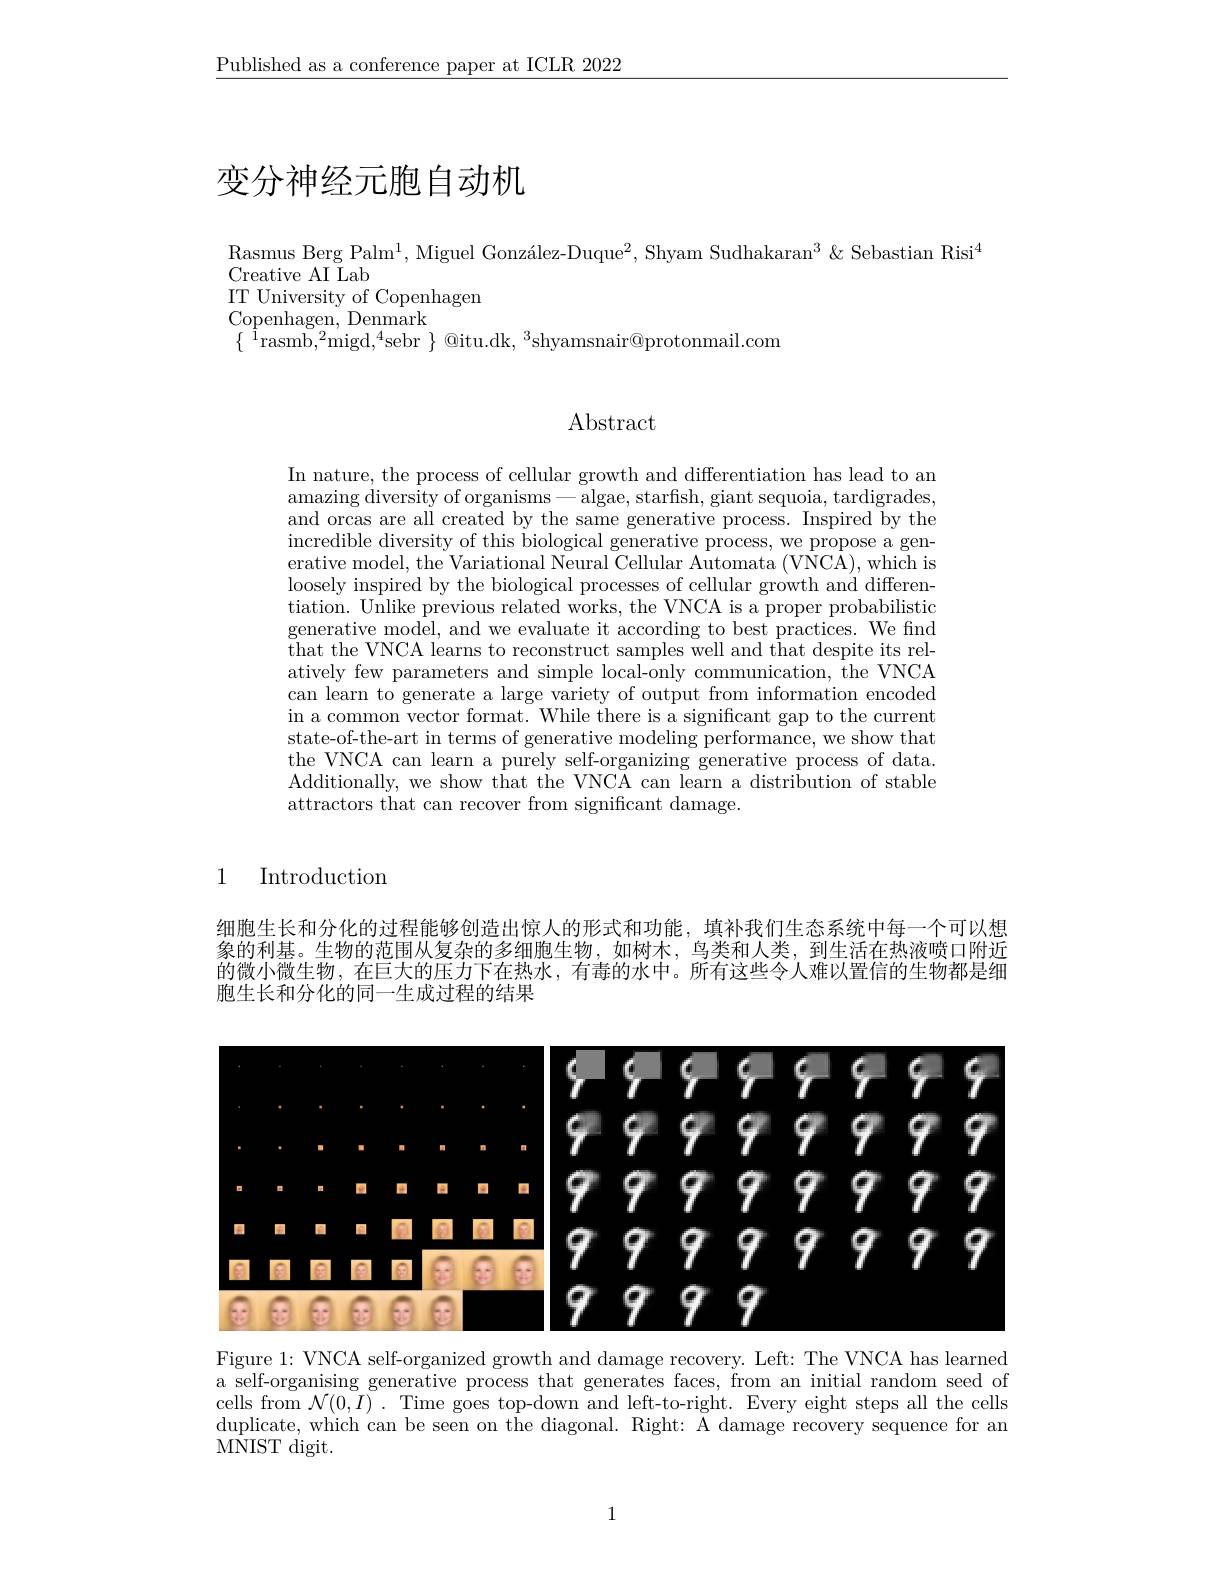
$\underline{\text{Published as a conference paper at ICLR 2022}}$

# 变分神经元胞自动机

Rasmus Berg Palm$^1,\text{Miguel Gonz\'{a}lez-Duque}^2$, Shyam Sudhakaran$^3\&\text{SebastianRisi}^4$
## Creative AI Lab IT University of Copenhagen Copenhagen, Denmark
$\{\begin{array}{cc}{1}\text{rasmb,}^{2}\text{migd,}^{4}\text{sebr}\\\end{array}\}$@itu.dk,$^3$shyamsnair$\textcircled\text{protonmail.com}$

Abstract

In nature, the process of cellular growth and differentiation has lead to an amazing diversity of organisms- algae, starfish, giant sequoia, tardigrades, and orcas are all created by the same generative process. Inspired by the incredible diversity of this biological generative process, we propose a generative model, the Variational Neural Cellular Automata (VNCA), which is loosely inspired by the biological processes of cellular growth and differentiation. Unlike previous related works, the VNCA is a proper probabilistic $g$enerative model, and we evaluate it according to best practices. We find $\bar{\text{that the VNCA learns to reconstruct samples well and that despite its rel-}}$ atively few parameters and simple local-only communication, $\dot{\text{the VNCA}}$ can learn to generate a large variety of output from information encoded in a common vector format. While there is a significant gap to the current state-of-the-art in terms of generative modeling performance, we show that the VNCA can learn a purely self-organizing generative process of data. Additionally, we show that the VNCA can learn a distribution of stable attractors that can recover from significant damage.

## 1 Introduction

细胞生长和分化的过程能够创造出惊人的形式和功能，填补我们生态系统中每一个可以想象的利基。生物的范围从复杂的多细胞生物，如树木，鸟类和人类，到生活在热液喷口附近的微小微生物，在巨大的压力下在热水，有毒的水中。所有这些令人难以置信的生物都是细胞生长和分化的同一生成过程的结果

<FigureHere>

Figure 1: VNCA self-organized growth and damage recovery. Left: The VNCA has learned a self-organising generative process that generates faces, from an initial random seed of cells from $\mathcal{N}(0,I).$ Time goes top-down and left-to-right. Every eight steps all the cells duplicate, which can be seen on the diagonal. Right: A damage recovery sequence for an MNIST digit.